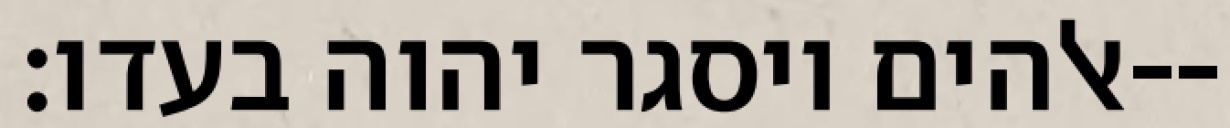
אלהים ויסגר יהוה בעדו׃--